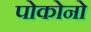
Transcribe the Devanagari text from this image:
पोकोनो